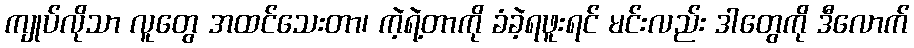
ကျုပ်လိုသာ လူတွေ အထင်သေးတာ၊ ကဲ့ရဲ့တာကို ခံခဲ့ရဖူးရင် မင်းလည်း ဒါတွေကို ဒီလောက်